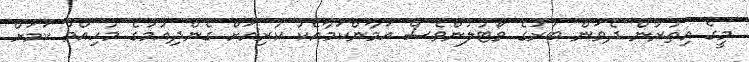
މީގެ އިތުރުން ދެވަން ބުރުގެ ވޯޓުލުންވެސް އަމާންކަމާއެކު ކުރިއަށް ގެންދިއުމުގެ މުހިއްމު ކަމަށް